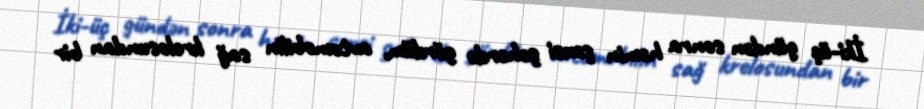
İki-üç gündən sonra həmin şəxsi şəhərdə gördüm, avtomobilin sağ krelosundan bir